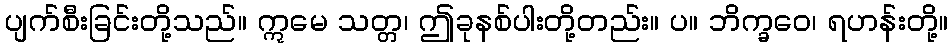
ပျက်စီးခြင်းတို့သည်။ ဣမေ သတ္တ၊ ဤခုနစ်ပါးတို့တည်း။ ပ။ ဘိက္ခဝေ၊ ရဟန်းတို့။